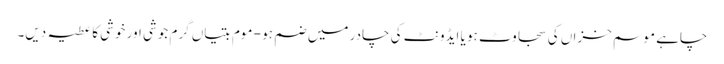
چاہے موسم خزاں کی سجاوٹ ہو یا ایڈونٹ کی چادر میں ضم ہو - موم بتیاں گرم جوشی اور خوشی کا عطیہ دیں۔